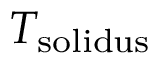
{ T _ { \mathrm { s o l i d u s } } }